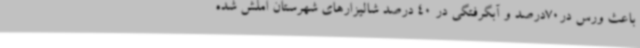
باعث ورس در70درصد و آبگرفتگی در 40 درصد شالیزارهای شهرستان املش شده